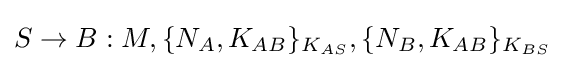
S\rightarrow B:M,\{N_{A},K_{AB}\}_{K_{AS}},\{N_{B},K_{AB}\}_{K_{BS}}